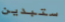
ستبدين